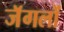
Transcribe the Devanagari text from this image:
जॅगलों